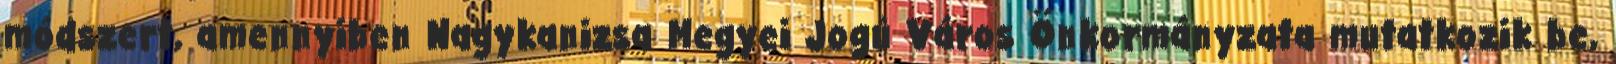
módszert, amennyiben Nagykanizsa Megyei Jogú Város Önkormányzata mutatkozik be,